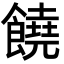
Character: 饒